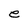
Character: e